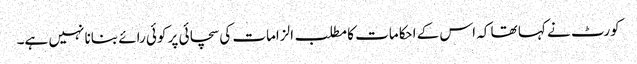
کورٹ نے کہا تھا کہ اس کے احکامات کا مطلب الزامات کی سچائی پر کوئی رائے بنانا نہیں ہے۔